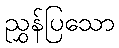
ညွှန်ပြသော